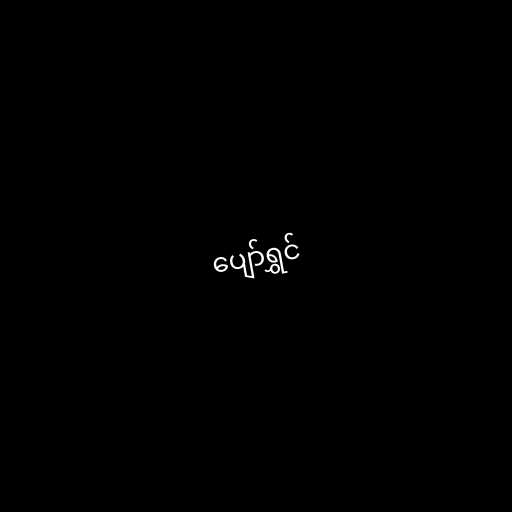
ပျော်ရွှင်